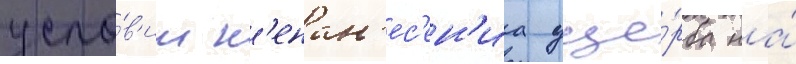
усло́в'ии н'енан'ес'ен'иа уще́рба на́